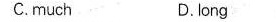
C.much D. Iong